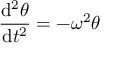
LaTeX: { \frac { \mathrm { d } ^ { 2 } \theta } { \mathrm { d } t ^ { 2 } } } = - \omega ^ { 2 } \theta